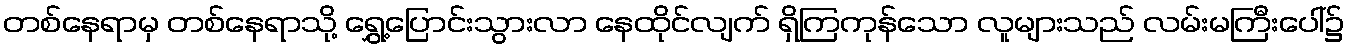
တစ်နေရာမှ တစ်နေရာသို့ ရွှေ့ပြောင်းသွားလာ နေထိုင်လျက် ရှိကြကုန်သော လူများသည် လမ်းမကြီးပေါ်၌